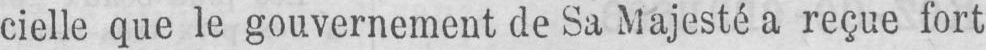
cielle que le gouvernement de Sa Majesté a reçue fort